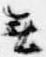
無